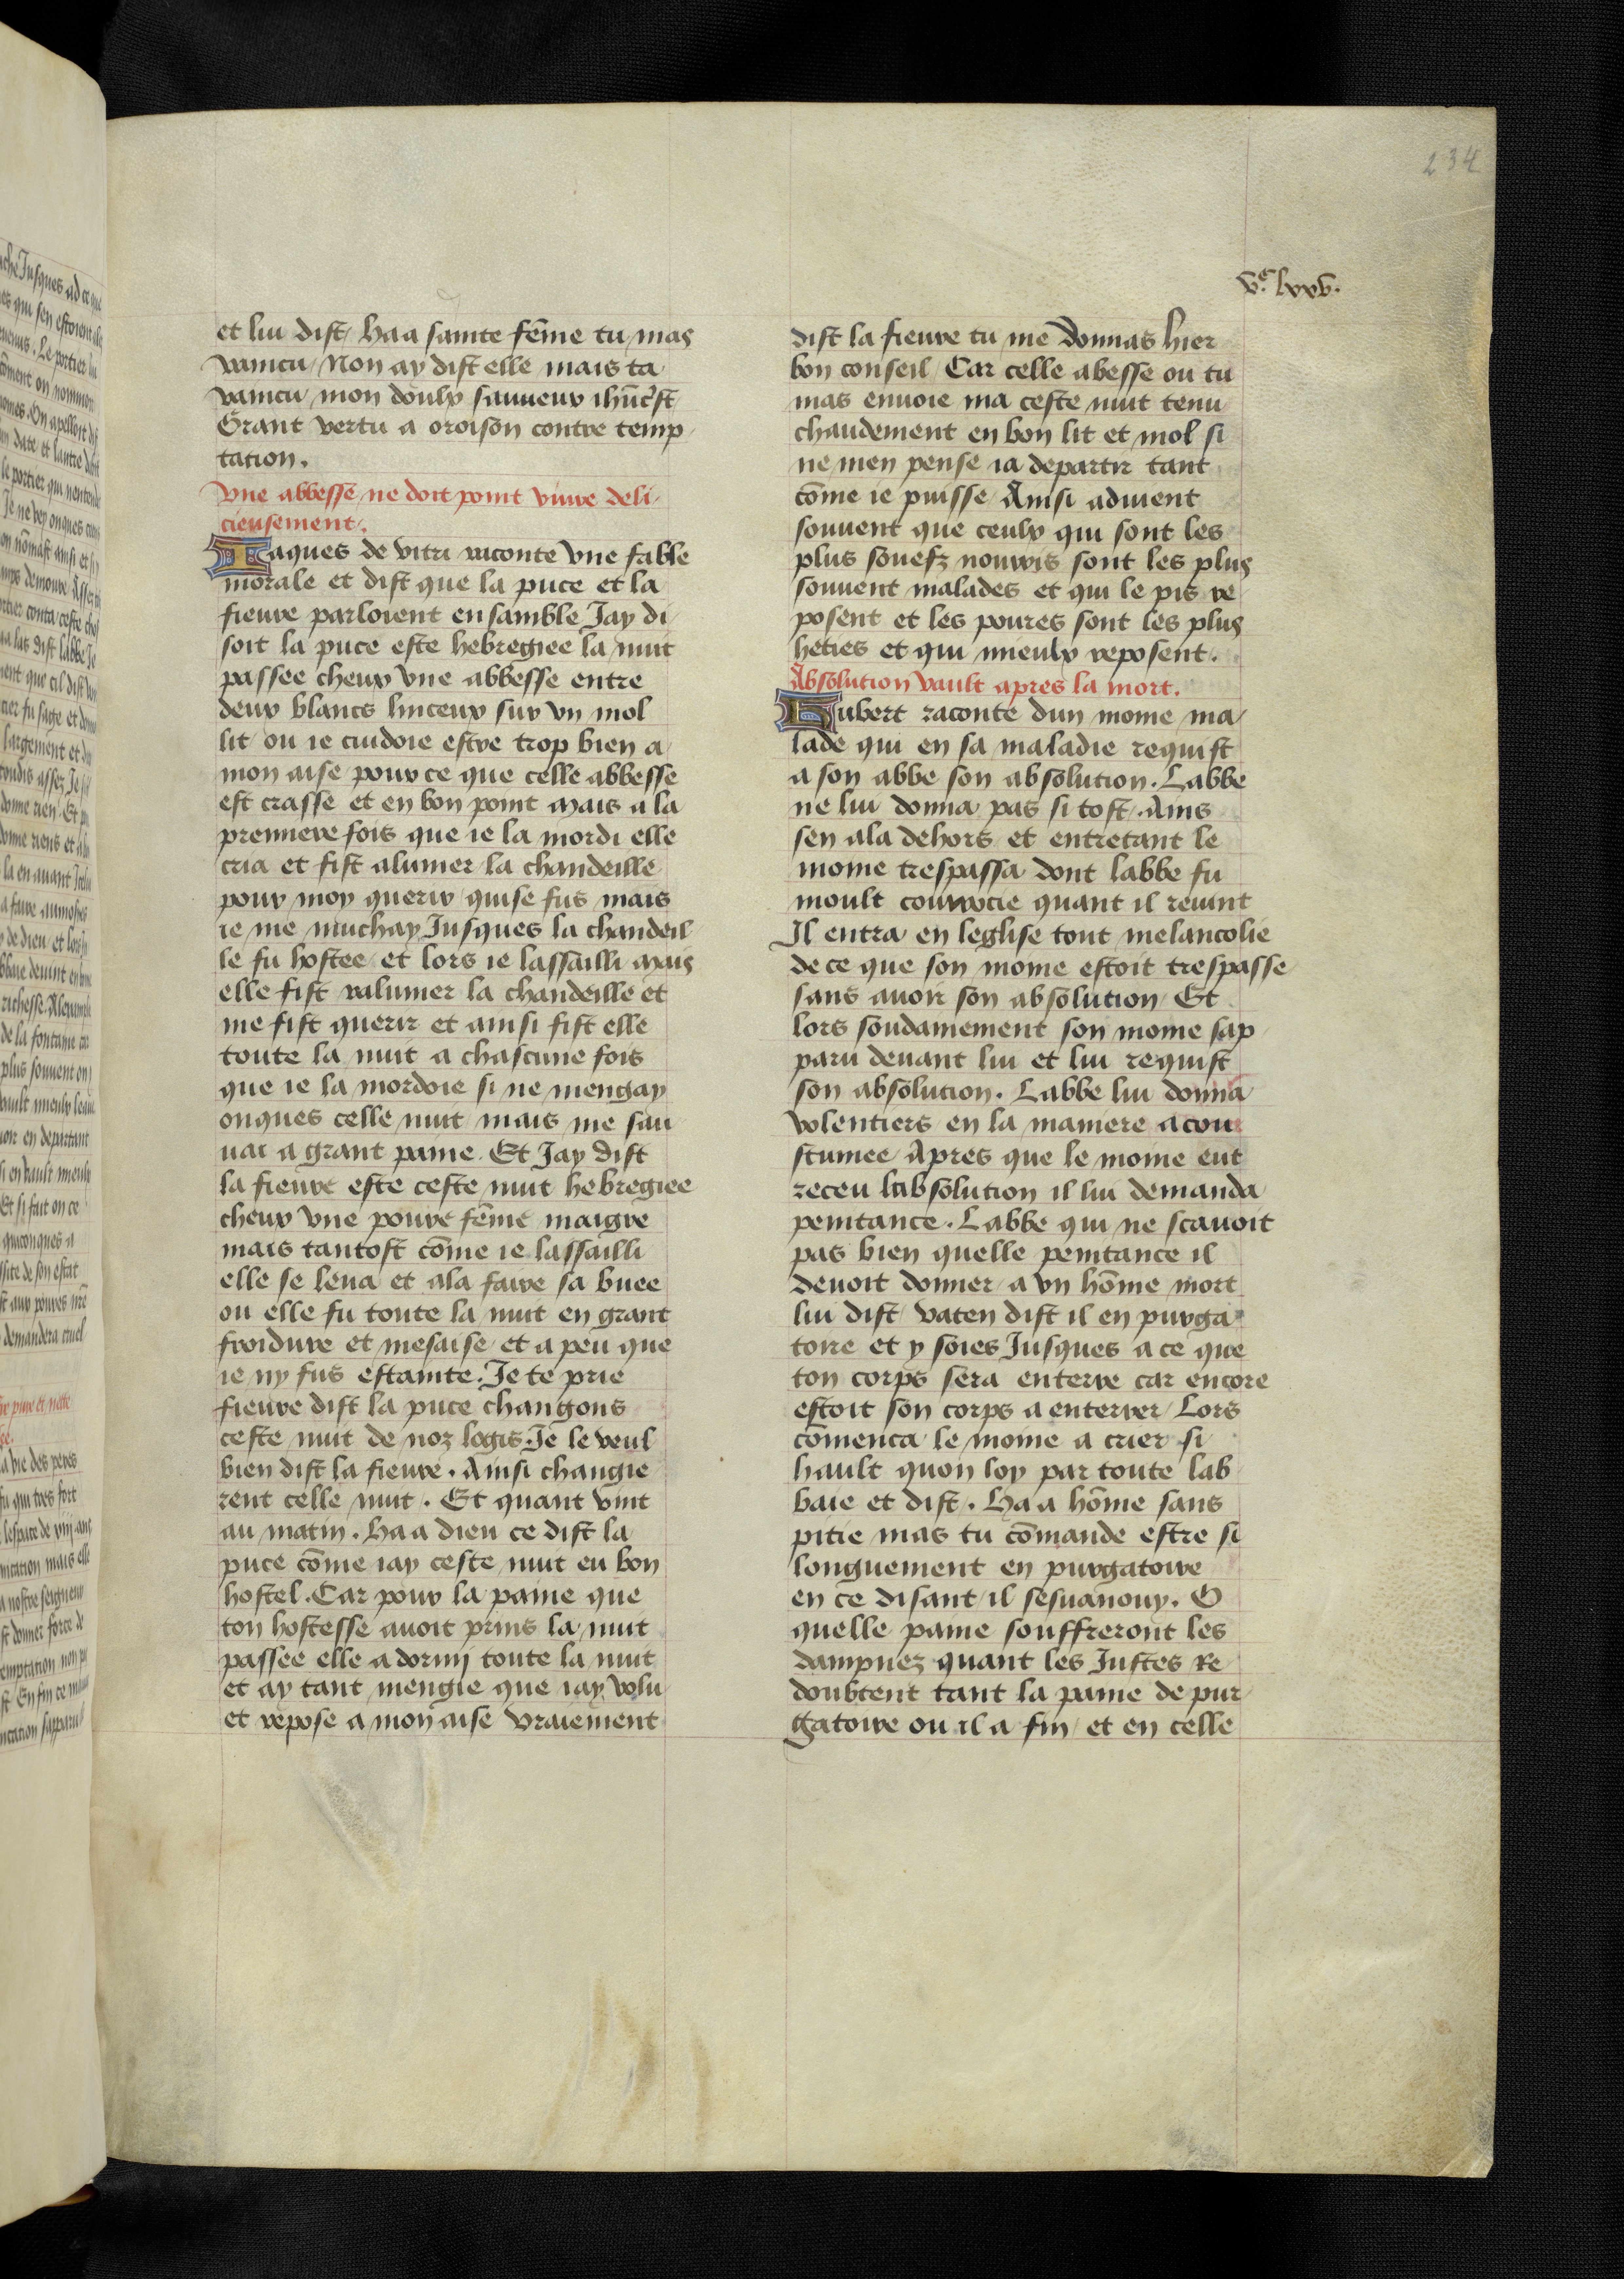
Shelfmark: Bruxelles, KBR, ms. 9232
Century: 15